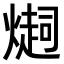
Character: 𤏉